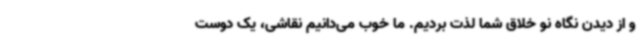
و از دیدن نگاه نو خلاق شما لذت بردیم. ما خوب می‌دانیم نقاشی، یک دوست